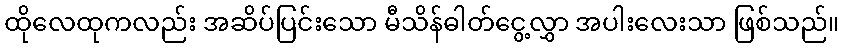
ထိုလေထုကလည်း အဆိပ်ပြင်းသော မီသိန်ဓါတ်ငွေ့လွှာ အပါးလေးသာ ဖြစ်သည်။